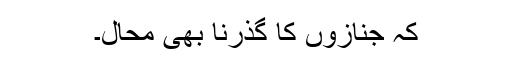
کہ جنازوں کا گذرنا بھی محال۔